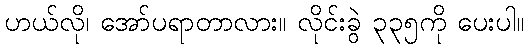
ဟယ်လို၊ အော်ပရာတာလား။ လိုင်းခွဲ ၃၃၅ကို ပေးပါ။